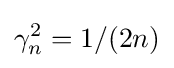
\gamma _{n}^{2}=1/(2n)